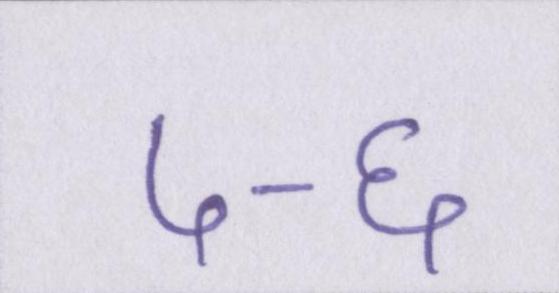
५-६